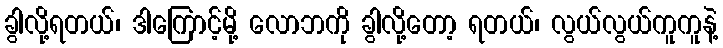
ခွါလို့ရတယ်၊ ဒါကြောင့်မို့ လောဘကို ခွါလို့တော့ ရတယ်၊ လွယ်လွယ်ကူကူနဲ့